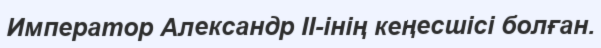
Император Александр II-інің кеңесшісі болған.